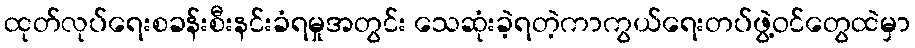
ထုတ်လုပ်ရေးစခန်းစီးနင်းခံရမှုအတွင်း သေဆုံးခဲ့ရတဲ့ကာကွယ်ရေးတပ်ဖွဲ့ဝင်တွေထဲမှာ